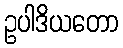
ဥပါဒိယတော